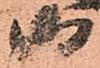
御